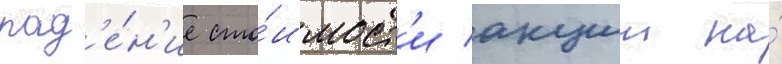
пад'е́н'ие сто́имост'и акции на́